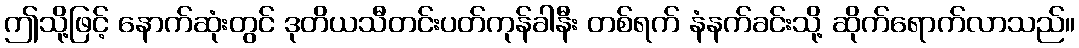
ဤသို့ဖြင့် နောက်ဆုံးတွင် ဒုတိယသီတင်းပတ်ကုန်ခါနီး တစ်ရက် နံနက်ခင်းသို့ ဆိုက်ရောက်လာသည်။